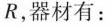
R，器材有：